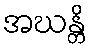
အဃန္တိ